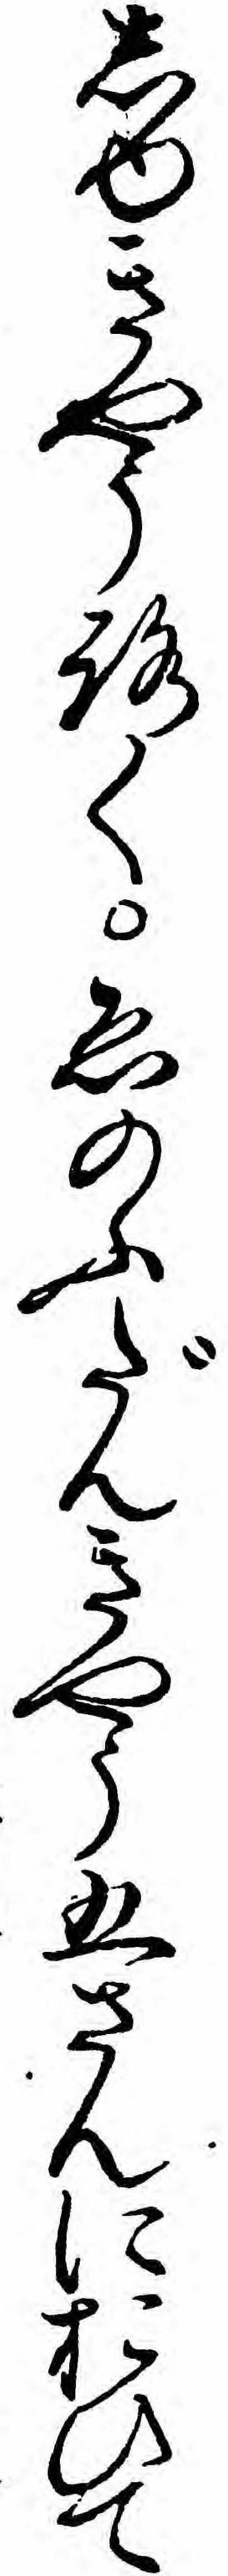
しゆきやうろくゑのふだんきやう五さんにおひて